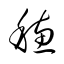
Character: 穂